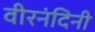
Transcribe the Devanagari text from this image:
वीरनंदिनी